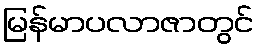
မြန်မာပလာဇာတွင်